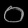
Digit: ၀